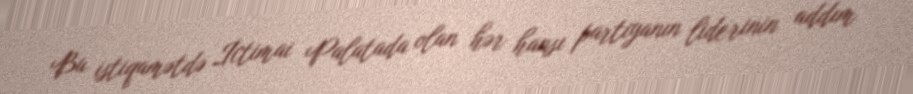
Bu istiqamətdə İctimai Palatada olan hər hansı partiyanın liderinin addım